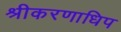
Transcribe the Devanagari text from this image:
श्रीकरणाधिप